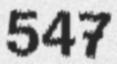
547